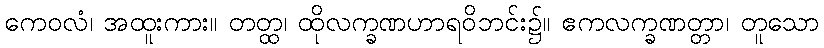
ကေဝလံ၊ အထူးကား။ တတ္ထ၊ ထိုလက္ခဏဟာရဝိဘင်း၌။ ဧကလက္ခဏတ္တာ၊ တူသော